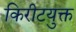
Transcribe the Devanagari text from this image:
किरीटयुक्त